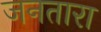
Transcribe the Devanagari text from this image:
जनतारा